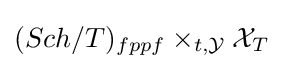
(Sch/T)_{fppf}\times _{t,{\mathcal {Y}}}{\mathcal {X}}_{T}